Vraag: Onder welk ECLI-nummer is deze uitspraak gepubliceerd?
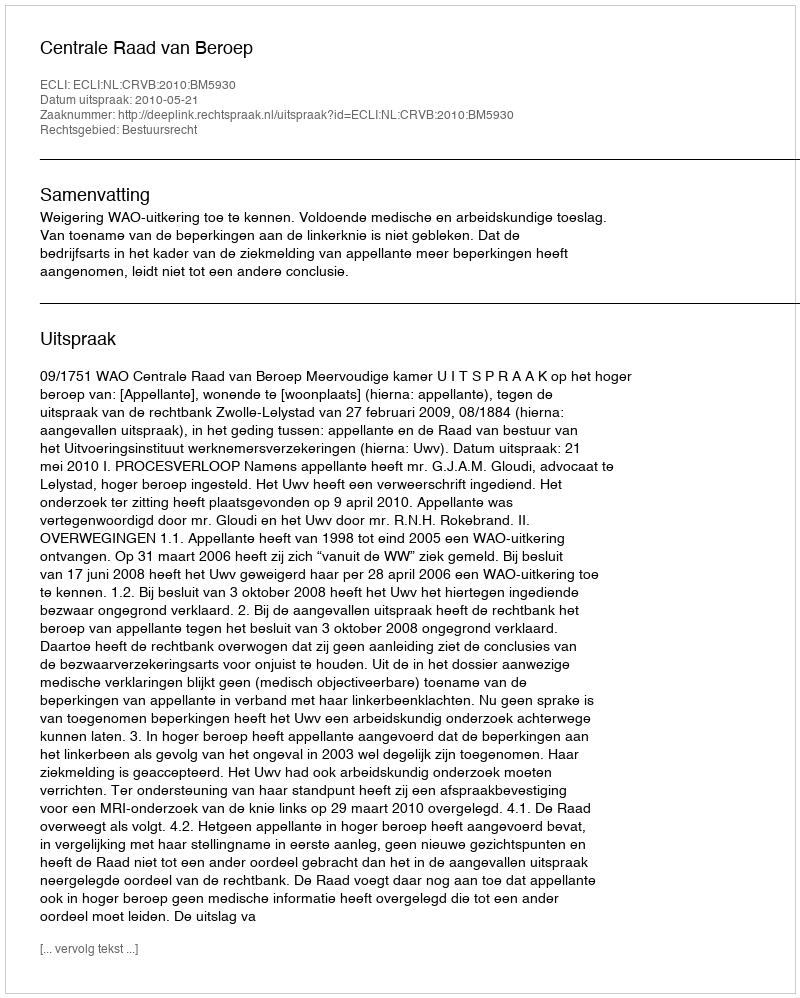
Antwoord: ECLI:NL:CRVB:2010:BM5930